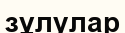
зұлулар